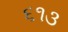
૬૧૩